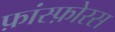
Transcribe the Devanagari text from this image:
फ़ांस्फ़ोरस